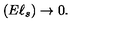
( E \ell _ { s } ) \rightarrow 0 .